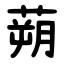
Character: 蒴